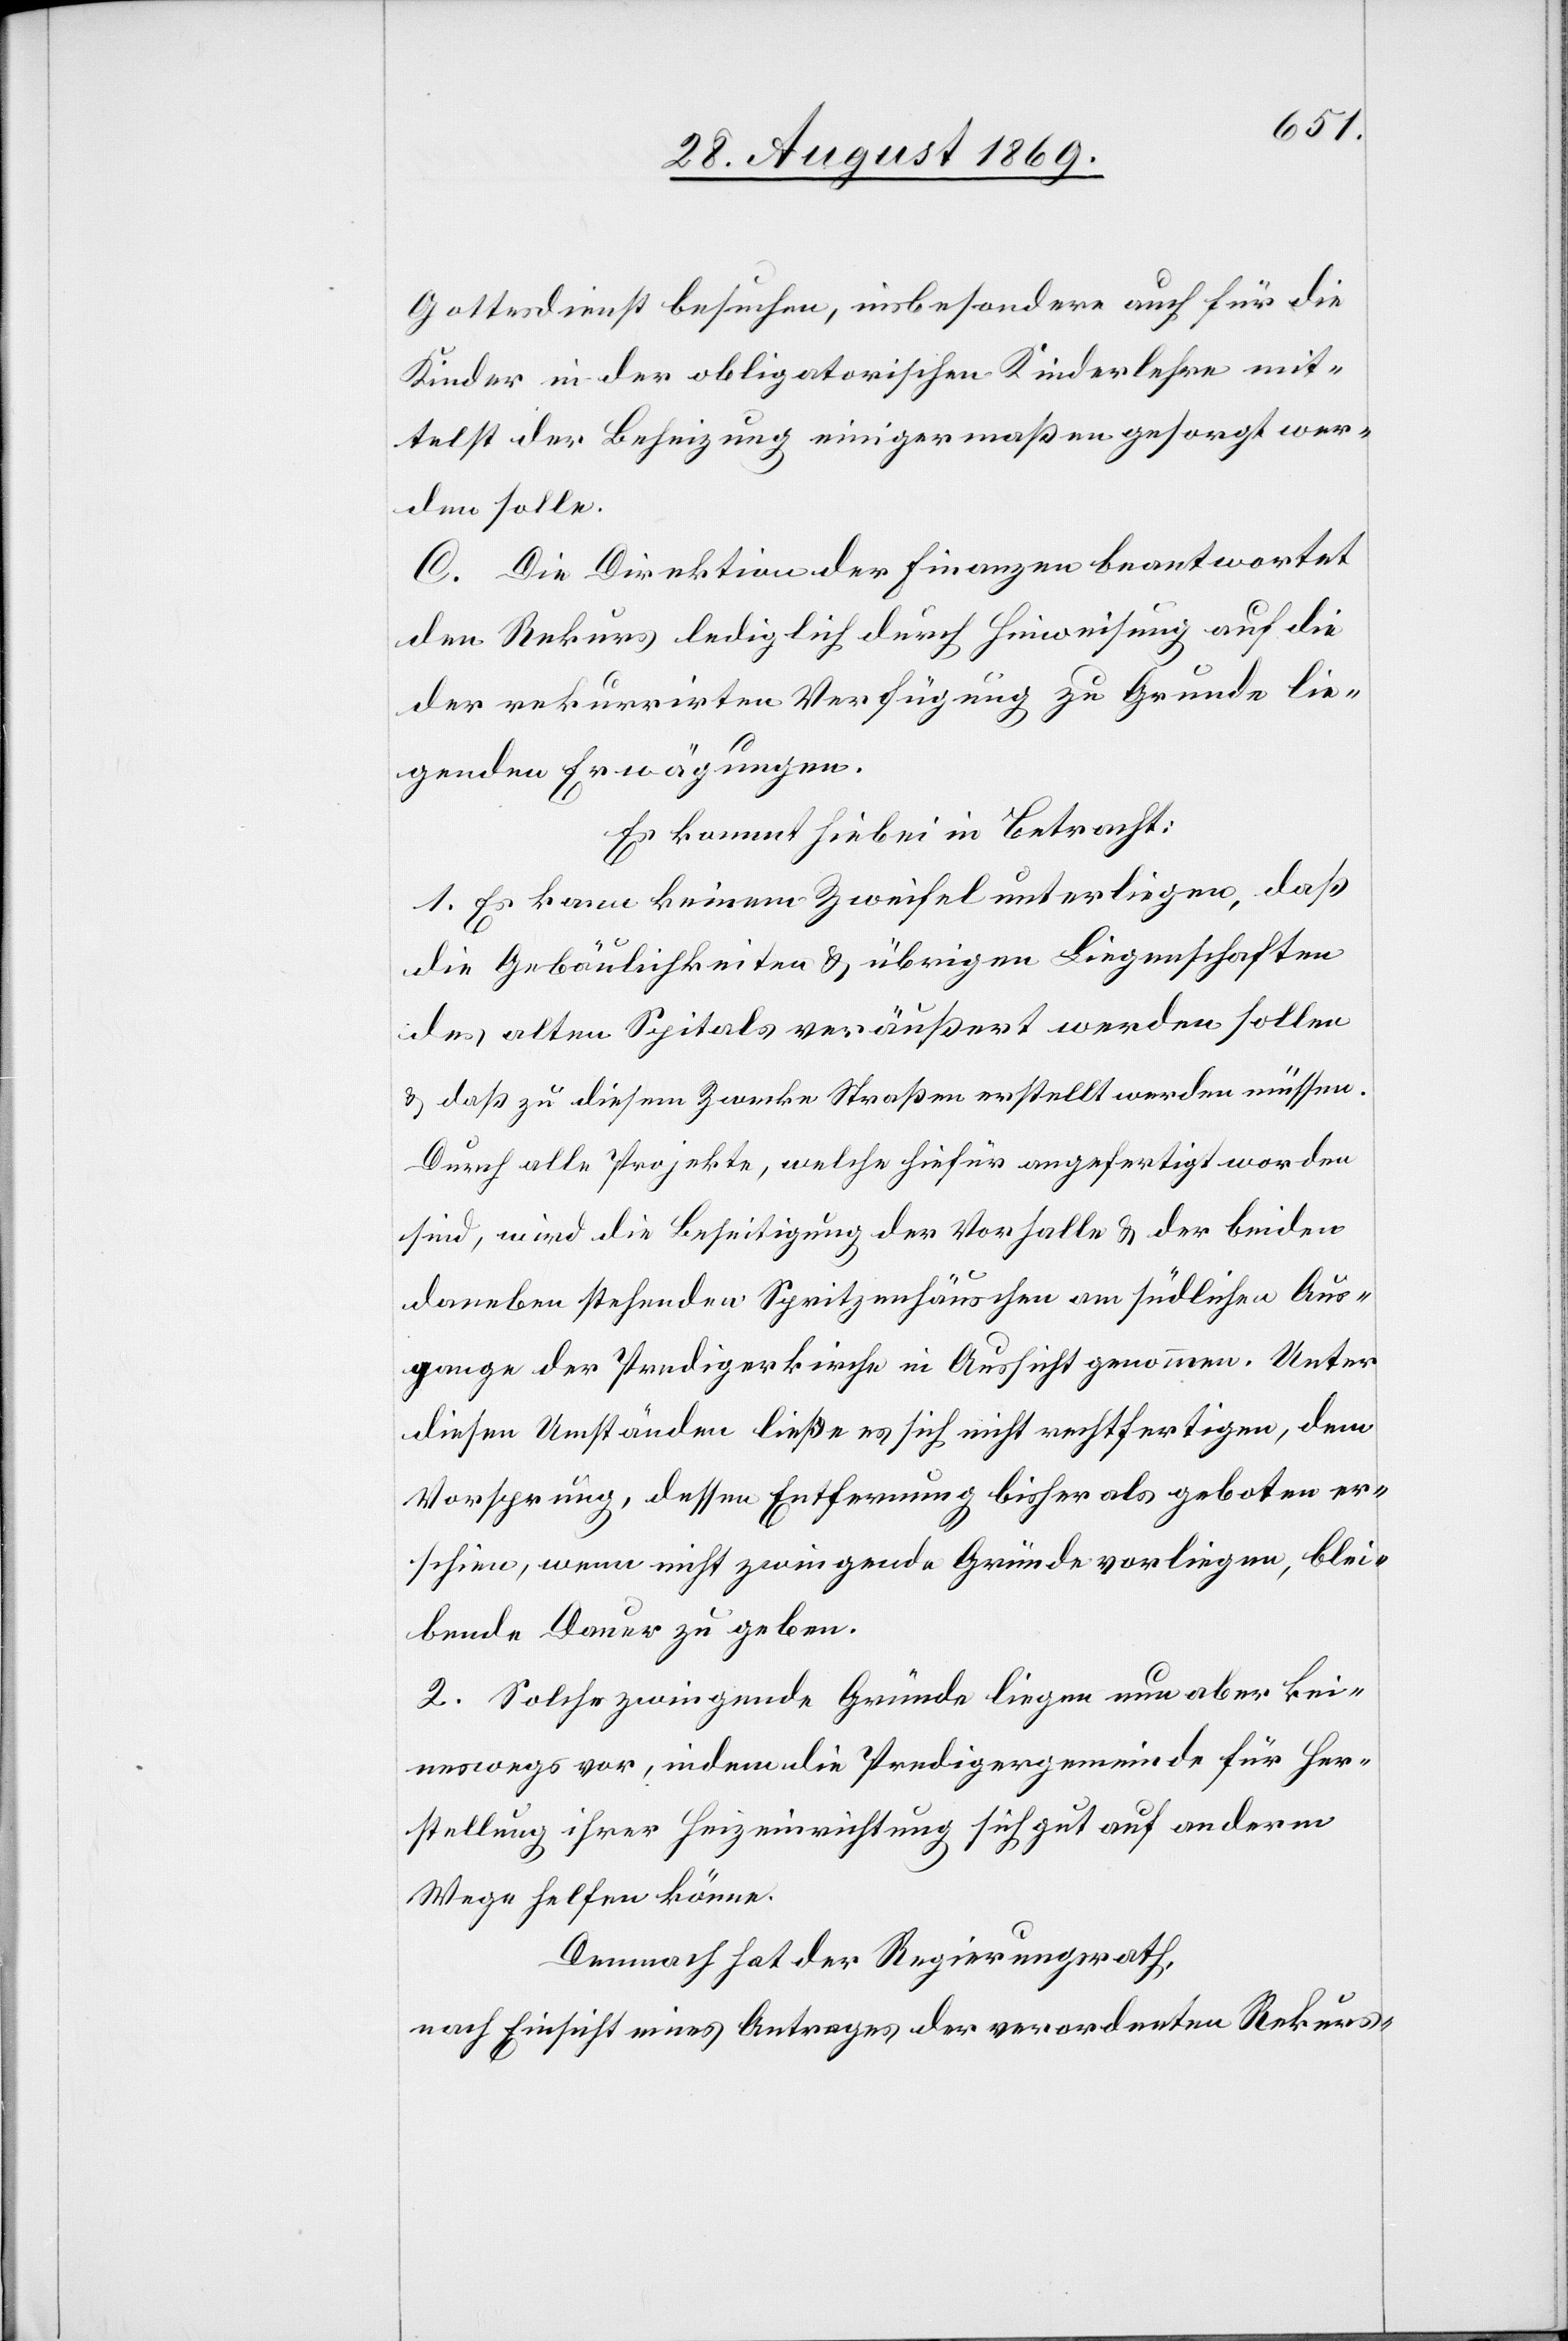
Gottesdienst besuchen, insbesondere auch für die
Kinder in der obligatorischen Kinderlehre mit¬
telst der Beheizung einigermaßen gesorgt wer¬
den solle.
C. Die Direktion der Finanzen beantwortet
den Rekurs lediglich durch Hinweisung auf die
der rekurrirten Verfügung zu Grunde lie¬
genden Erwägungen.
Es kommt hiebei in Betracht:
1. Es kann keinem Zweifel unterliegen, daß
die Gebäulichkeiten & übrigen Liegenschaften
des alten Spitals veräußert werden sollen
& daß zu diesem Zwecke Straßen erstellt werden müssen.
Durch alle Projekte, welche hiefür angefertigt worden
sind, wird die Beseitigung der Vorhalle & der beiden
daneben stehenden Spritzenhäuschen am südlichen Aus¬
gange der Predigerkirche in Aussicht genommen. Unter
diesen Umständen ließe es sich nicht rechtfertigen, dem
Vorsprung, dessen Entfernung bisher als geboten er¬
schien, wenn nicht zwingende Gründe vorliegen, blei¬
bende Dauer zu geben.
2. Solche zwingende Gründe liegen nun aber kei¬
neswegs vor, indem die Predigergemeinde für Her¬
stellung ihrer Heizeinrichtung sich gut auf anderm
Wege helfen könne.
Demnach hat der Regierungsrath,
nach Einsicht eines Antrages der verordneten Rekurs-